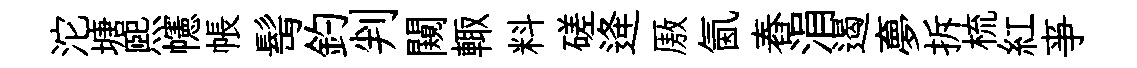
沱塘煕幰帳髩釣判闚輙料磋逄厫氤舂涓遏夣拆梳紅亊